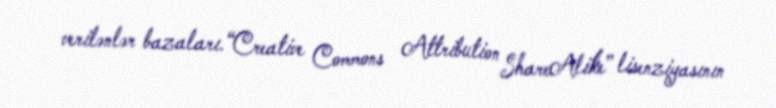
verilənlər bazaları.“Creative Commons Attribution ShareAlike” lisenziyasının